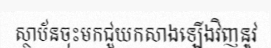
ស្ថាប័នចុះមកជួយកសាងឡើងវិញនូវ